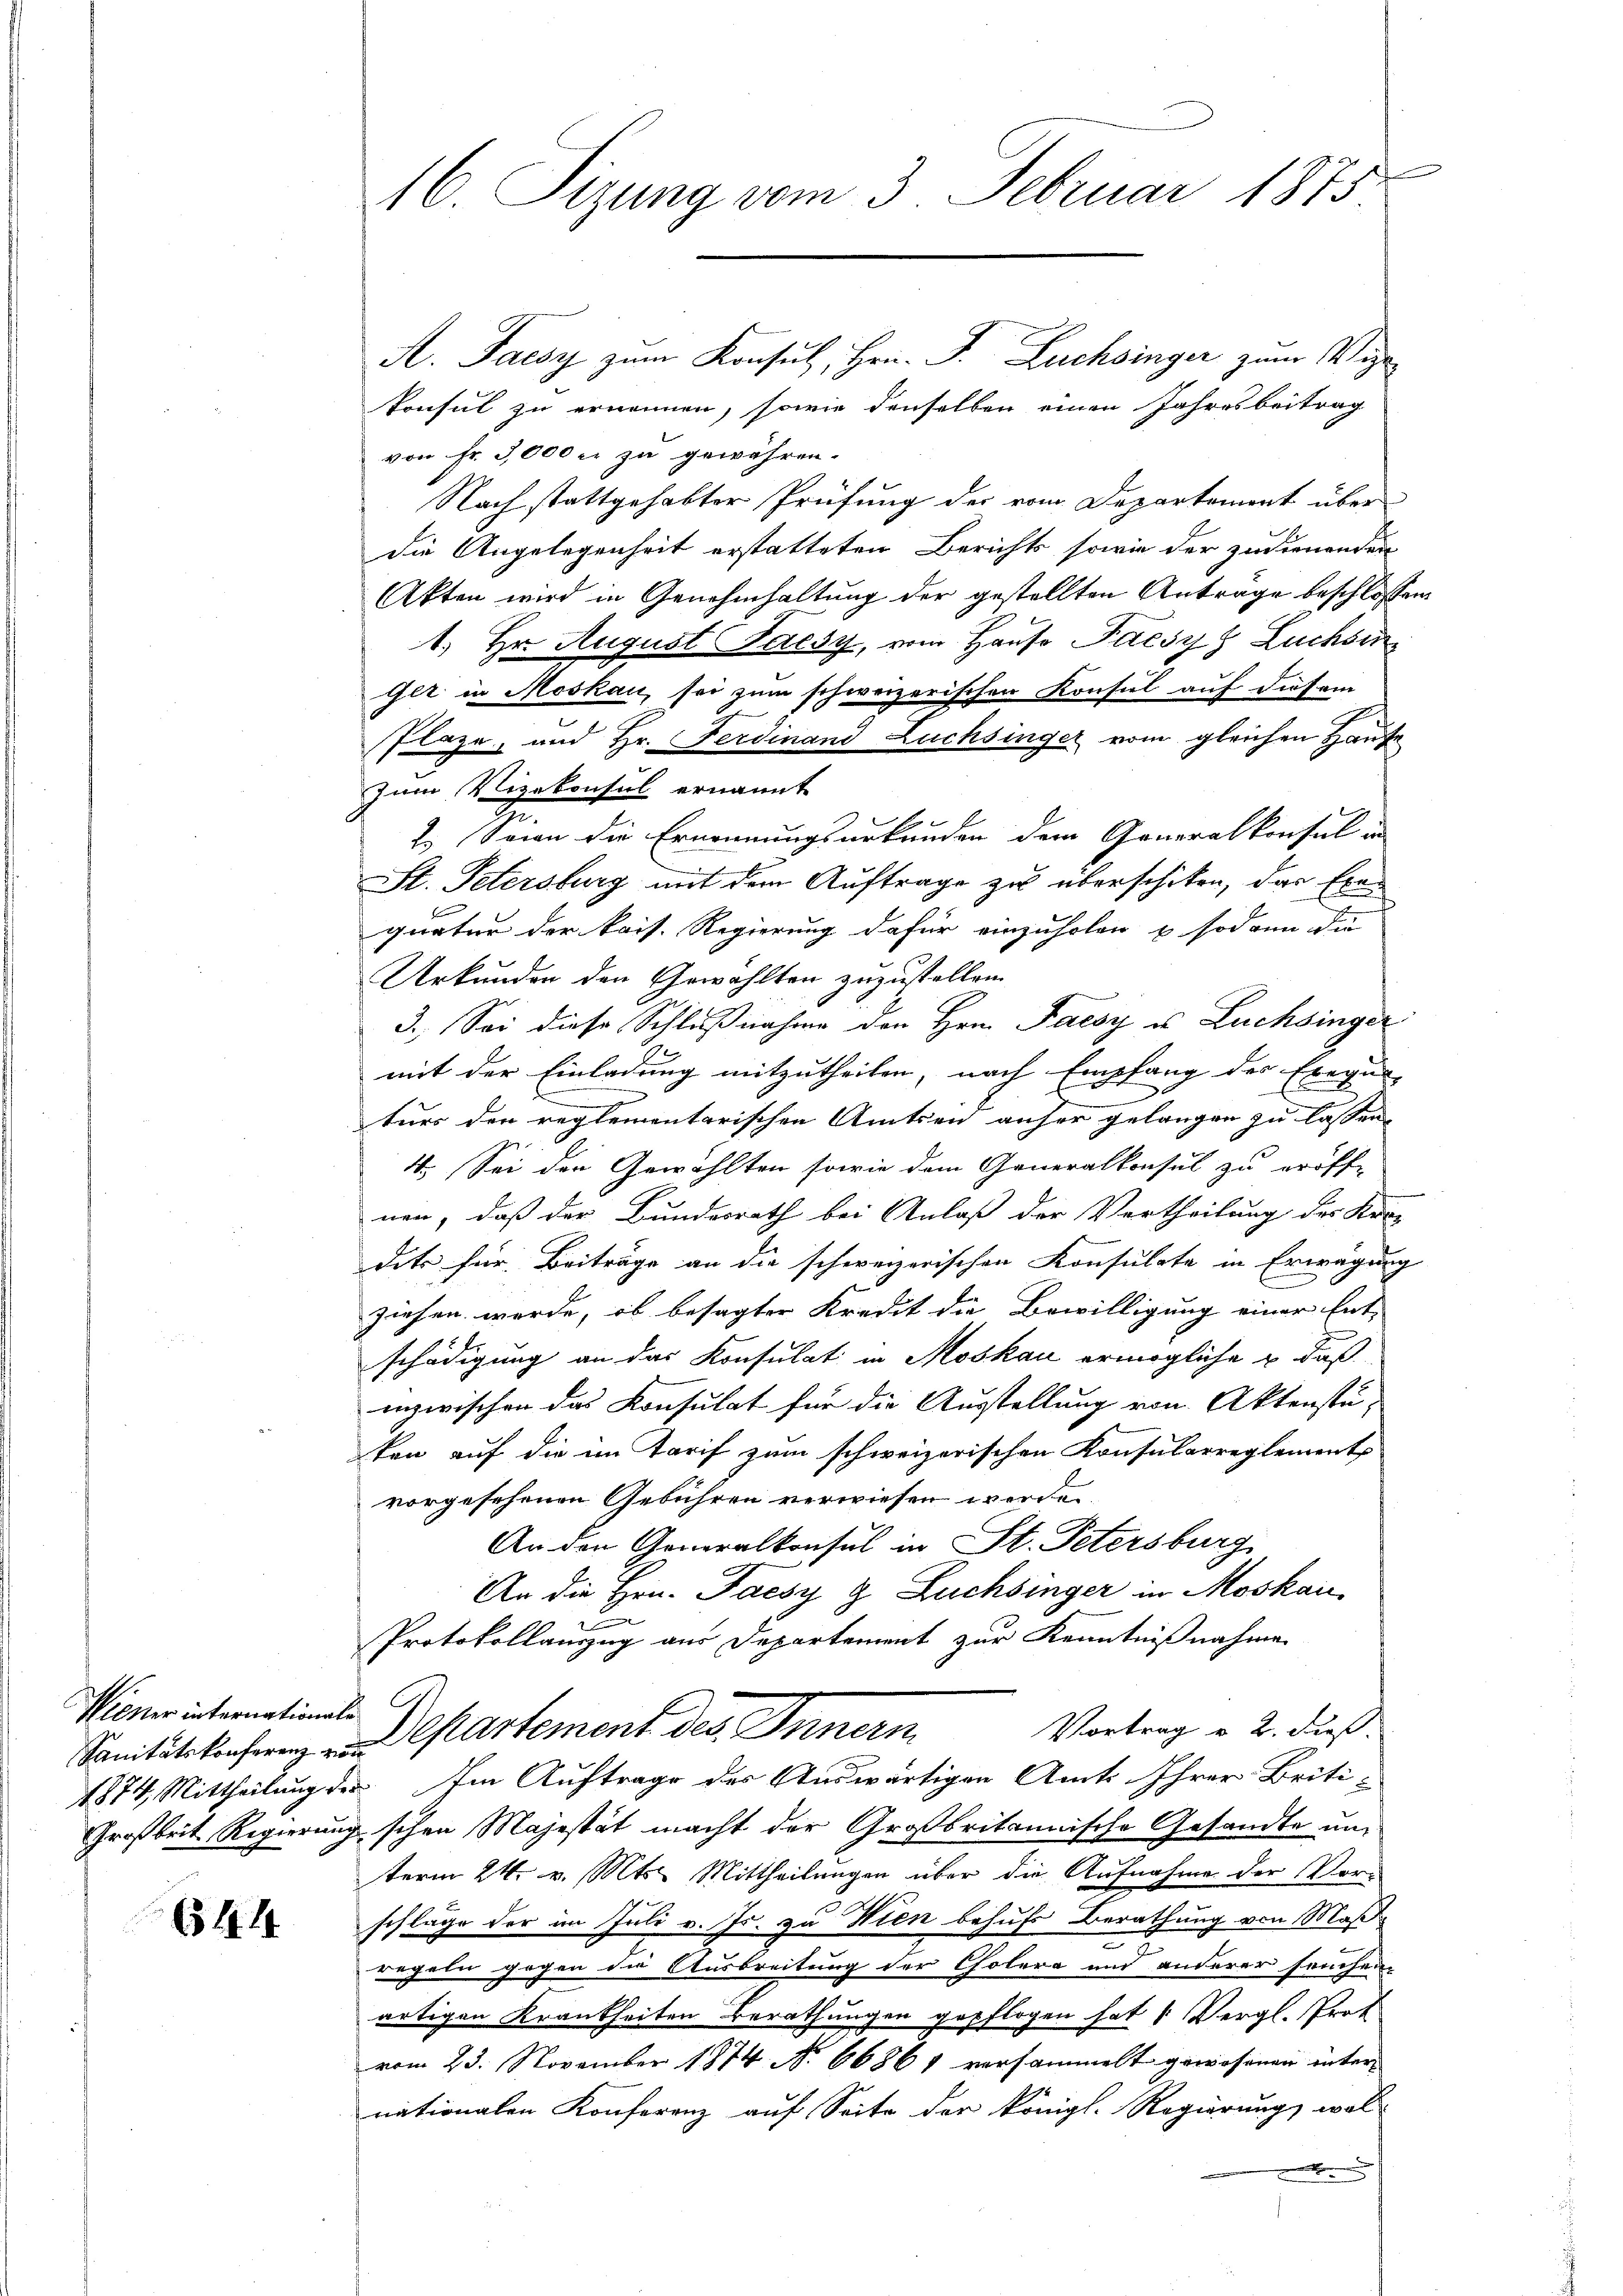
Hiener internationale

654

16. Sizung vom 3. Februar 1875

A. Talsy zum Konsul, Hrn. F. Luchsinger zum Vige
konsul zu ernennen, sowie denselben einen Jahresbeitrag
von Fr. 3,000 r. zu gewähren.
Nach stattgehabter Prüfung der vom Departement über
die Angelegenheit erstatteten Berichts sowie der zudienenden
Akten wird in Genehmhaltung der gestellten Anträge beschlossen
1. Hr. August désy, vom Hause Paesy z Luchsin
Ger in Moskau, sei zum schweizerischen Konsul auf diesem
e
Plaze, und Hr. Ferdinand Luchsinger vom gleichen Hause
zum Vizekonsul ernannt
2.) Seien die Ernennungsurkunden dem Generalkonsul in
St. Petersburg mit dem Auftrage zu überschiken, das Exequatur der kais. Regierung dafür einzuholen u. sodann die
Urkunden den Gewählten zuzustellen.
3. Sei diese Schlußnahme den Hrn. Pacsy u. Lüchsinger
mit der Einladung mitzutheilen, nach Empfang des Exequi-
turs den reglementarischen Amtseid anher gelangen zu lassen.
4. Sei der Gewählten sowie dem Generalkonsul zu eröff-
nen, daß der Bundesrath bei Anlaß der Vertheilung des Kra
dits für Beiträge an die schweizerischen Konsulate in Erwägung
ziehen werde, ob besagter Kredit die Bewilligung einer Ent-
schädigung an das Konsulat in Moskau ermögliche u. daß
inzwischen das Konsulat für die Ausstellung von Aktenste-
ken auf die im Tarif zum schweizerischen Konsularreglements
vorgesehenen Gebühren verwiesen werden.
An den Generalkonsul in St. Petersburg
An die Hrn. Jaesy g Zuchsinger in Moskau
2
u
Protokollauszug aus Departement zur Kenntnißnahme
Vortrag v. 2. Fies.
Sanitätskonferen Departement des Innern
1874, Mittheilung des Im Auftrage des Auswärtigen Amts Ihrer-Briti-
Großbrit Regierung schen Majestät macht der Großbritannische Gesandte um
term 24. v. Mts. Mittheilungen über die Aufnahme der Vor-
schluge der im Juli v. Js. zu Wien behufs Berathung von Maßregeln gegen die Ausbreitung der Cholera und anderer seuchen-
artigen Krankheiten Berathungen gepflogen hat 1. Vergl. Prot
vom 23. November 1874. No 66861 versammelt gewesenen unternationalen Konferenz auf Seite der königl. Regierung woll